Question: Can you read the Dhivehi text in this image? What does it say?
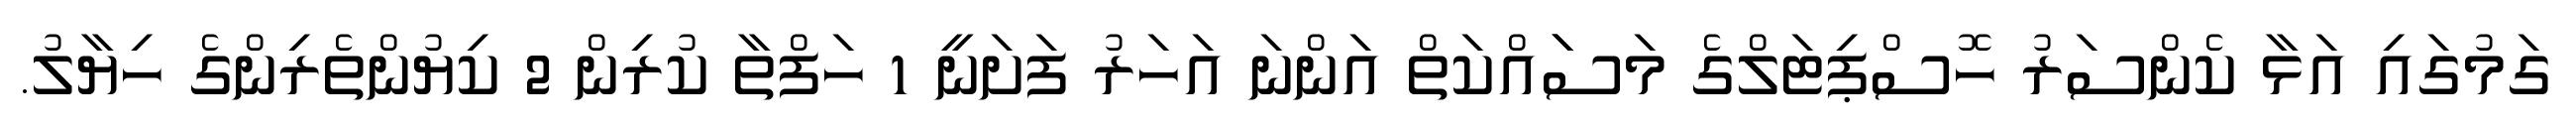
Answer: ގަމުގައި އަޅާ ކެންސަރު ހޮސްޕިޓަލްގެ މަސަައްކަތް އަންނަ އަހަރު ފަށަނީ 1 ހަފްތާ ކުރިން 2 ކިޔުންތެރިންގެ ހިޔާލު.